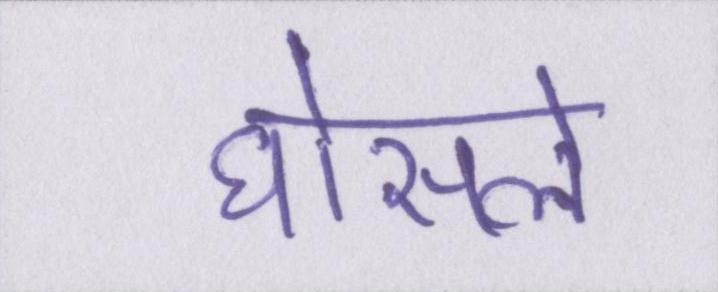
घोसले